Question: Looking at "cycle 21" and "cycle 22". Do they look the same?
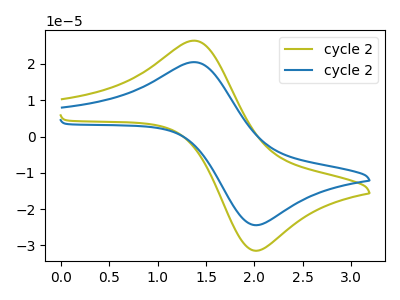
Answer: <think>The olive curve "cycle 21" has an anodic peak at (1.40V, 26.45uA) and a cathodic peak at (2.00V, -31.35uA). The blue curve "cycle 22" has an anodic peak at (1.40V, 20.50uA) and a cathodic peak at (2.00V, -24.30uA).
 All the peaks in "cycle 21" have a peak in "cycle 22" at the same potential. Every peak in "cycle 21" is higher than every peak in "cycle 22".</think>
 <answer>"cycle 21" and "cycle 22" are similar in shape.</answer>
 <eval>same_shape</eval>